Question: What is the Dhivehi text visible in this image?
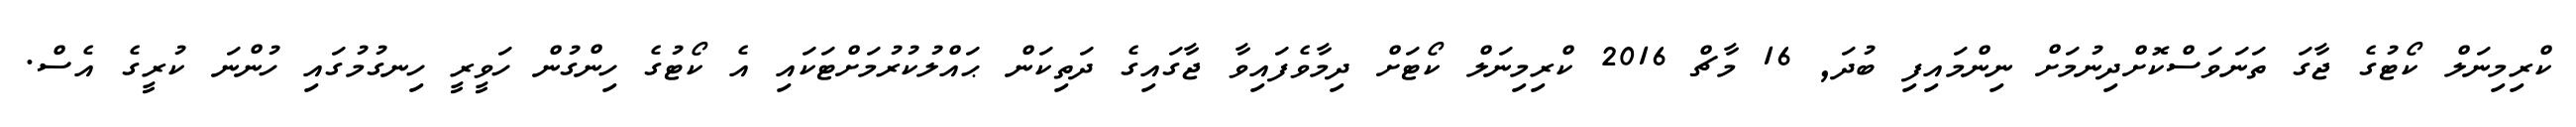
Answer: ކްރިމިނަލް ކޯޓުގެ ޖާގަ ތަނަވަސްކޮށްދިނުމަށް ނިންމައިފި ބުދަ, 16 މާޗް 2016 ކްރިމިނަލް ކޯޓަށް ދިމާވެފައިވާ ޖާގައިގެ ދަތިކަން ޙައްލުކުރުމަށްޓަކައި އެ ކޯޓުގެ ހިންގުން ހަވީރީ ހިނގުމުގައި ހުންނަ ކުރީގެ އެސް.